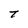
Character: T